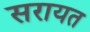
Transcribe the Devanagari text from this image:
सरायत